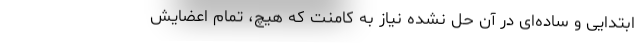
ابتدایی و ساده‌ای در آن حل نشده نیاز به کامنت که هیچ، تمام اعضایش